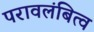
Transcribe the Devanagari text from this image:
परावलंबित्व